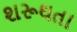
શરૂથતા